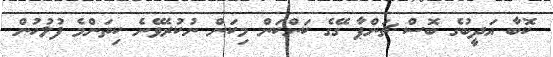
ކޮބާ އަދީބުގެ ބޮސް ޗަންޕާ ގޭގެ ކަންކަން މިކަން ނުކުރެވޭނެ ކިތަންމެ ފުލުހުން